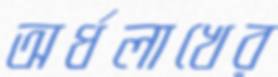
অর্ধলাখের